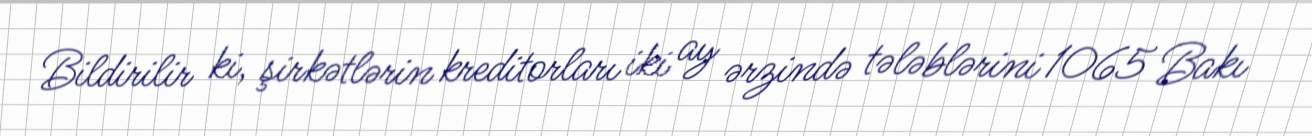
Bildirilir ki, şirkətlərin kreditorları iki ay ərzində tələblərini 1065 Bakı